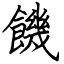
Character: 饑